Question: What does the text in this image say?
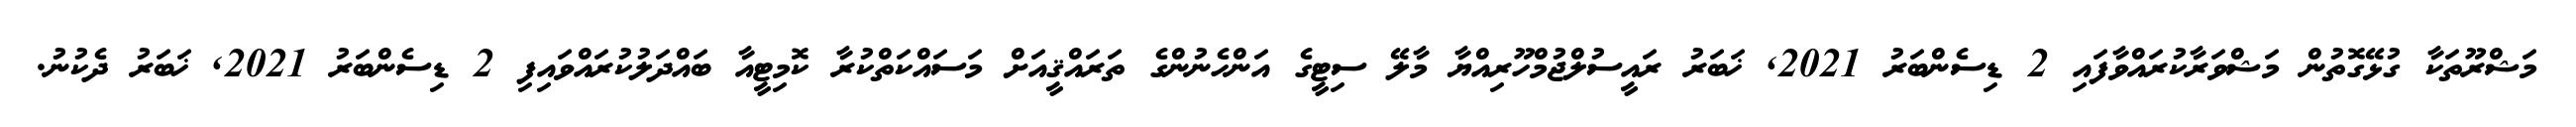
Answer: މަޝްރޫތަކާ ގުޅޭގޮތުން މަޝްވަރާކުރައްވާފައި 2 ޑިސެންބަރު 2021, ޚަބަރު ރައީސުލްޖުމްހޫރިއްޔާ މާލޭ ސިޓީގެ އަންހެނުންގެ ތަރައްޤީއަށް މަސައްކަތްކުރާ ކޮމިޓީއާ ބައްދަލުކުރައްވައިފި 2 ޑިސެންބަރު 2021, ޚަބަރު ދެކުނު.